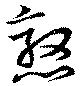
憝